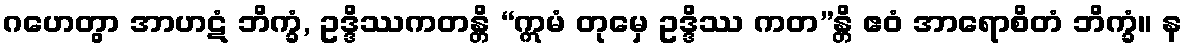
ဂဟေတွာ အာဟဋံ ဘိက္ခံ, ဥဒ္ဒိဿကတန္တိ “ဣမံ တုမှေ ဥဒ္ဒိဿ ကတ”န္တိ ဧဝံ အာရောစိတံ ဘိက္ခံ။ န